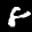
Label: 8